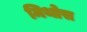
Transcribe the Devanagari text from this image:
मिथोस